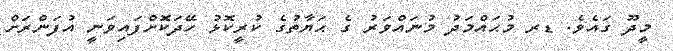
މީދޫ ގައެވެ. ޑރ މުޙައްމަދު މުނައްވަރު ގެ ޙަޔާތުގެ ކުރީކޮޅު ހޭދަކޮށްފައިވަނީ އުފަންރަށް